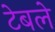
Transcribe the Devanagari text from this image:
टेबले